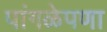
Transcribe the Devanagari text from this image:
पांगळेपणा